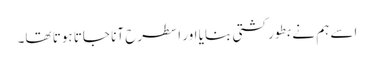
اسے ہم نے بطور کشتی بنایا اور ا سطرح آنا جاتا ہوتا تھا۔